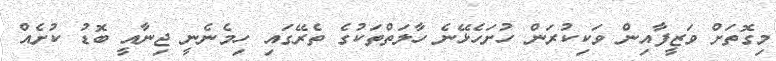
މިގޮތަށް ވަޒީފާއިން ވަކިކުރަން ހުށަހެޅޭނެ ހާލަތްތަކުގެ ތެރޭގައި ހިމެނެނީ ޖިނާއީ ބޮޑު ކުށެއް